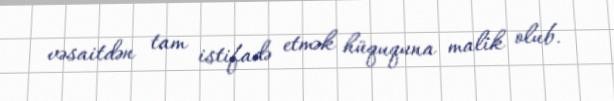
vəsaitdən tam istifadə etmək hüququna malik olub.